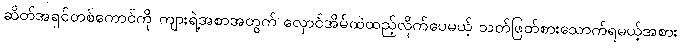
ဆိတ်အရှင်တစ်ကောင်ကို ကျားရဲ့အစာအတွက် လှောင်အိမ်ထဲထည့်လိုက်ပေမယ့် သတ်ဖြတ်စားသောက်ရမယ့်အစား